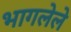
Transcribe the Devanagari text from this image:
भागलेले